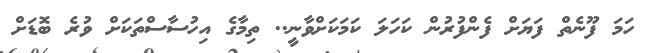
ހަމަ ފޫނެތް ފަޔަށް ފެންފުރުން ކަހަލަ ކަމަކަށްވާނީ.. ތިމާގެ އިހުސާސްތަކަށް ވުރެ ބޮޑަށް